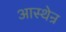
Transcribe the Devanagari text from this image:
आस्थेन्र